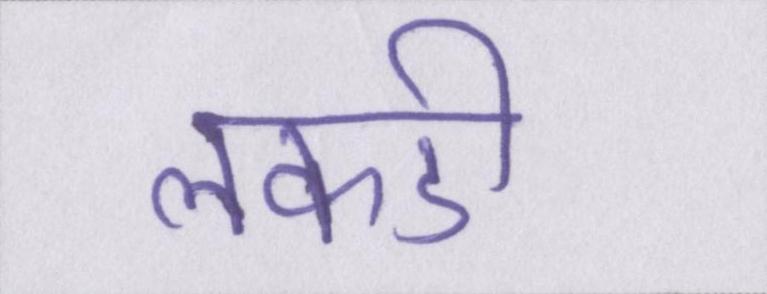
लकडी